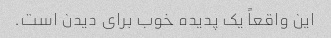
این واقعاً یک پدیده خوب برای دیدن است.